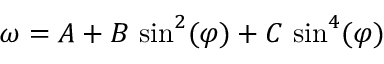
\omega = A + B \, \sin ^ { 2 } ( \varphi ) + C \, \sin ^ { 4 } ( \varphi )